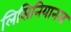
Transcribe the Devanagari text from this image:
लिसिनियानस